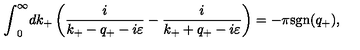
{ \int } _ { 0 } ^ { \infty } d k _ { + } \left( \frac { i } { k _ { + } - q _ { + } - i { \varepsilon } } - \frac { i } { k _ { + } + q _ { + } - i { \varepsilon } } \right) = - { \pi } \mathrm { s g n } ( q _ { + } ) ,